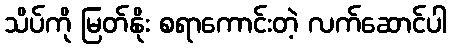
သိပ်ကို မြတ်နိုး စရာကောင်းတဲ့ လက်ဆောင်ပါ